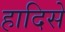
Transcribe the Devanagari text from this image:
हादिसे